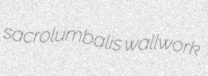
sacrolumbalis wallwork